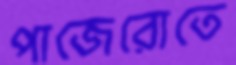
পাজেরোতে